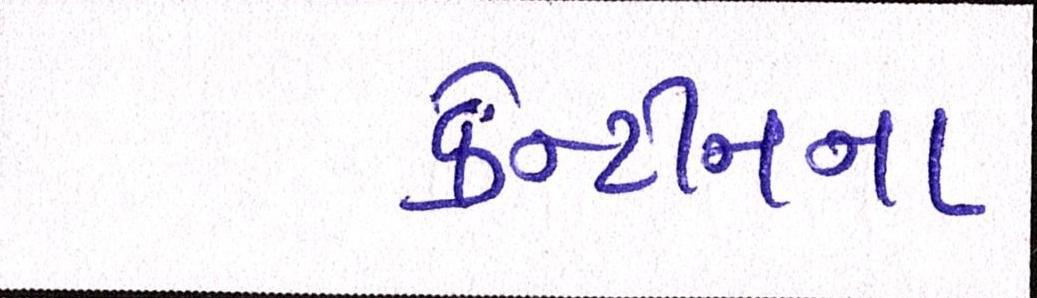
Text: કેન્ટીનના